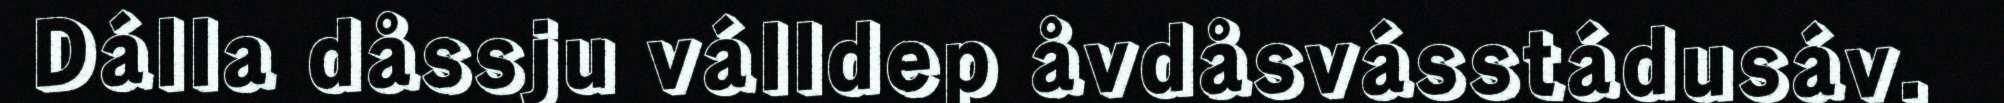
Dálla dåssju válldep åvdåsvásstádusáv.